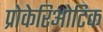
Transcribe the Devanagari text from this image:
प्रोकेरिओटिक